Medical and sanitary report of the native army of Madras for the year
Year: 1877
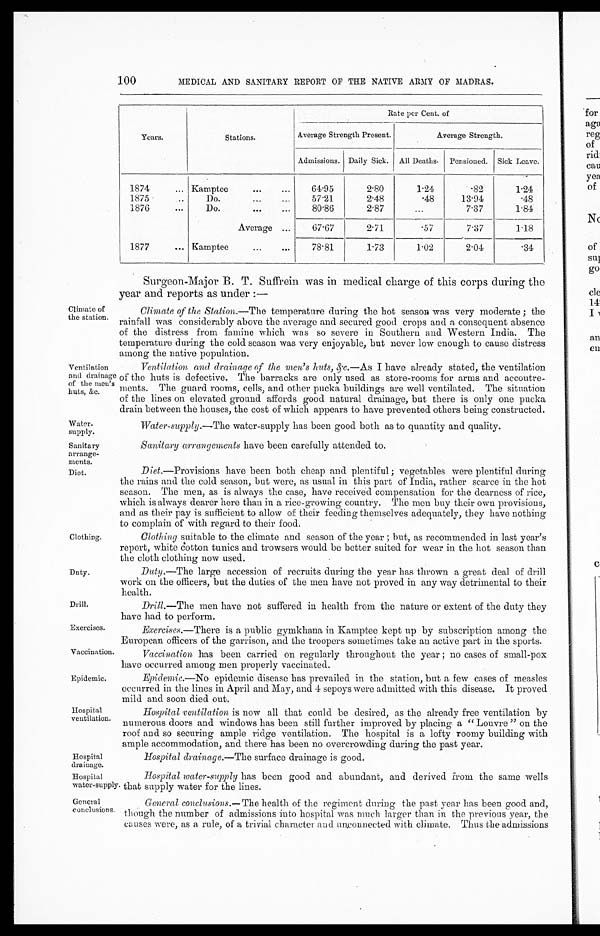
Water-
supply.
Sanitary
arrange-
ments.
Diet.
Duty.
Drill.
Exercises.
Vaccination.
Epidemic.
Hospital
ventilation.
Hospital
drainage.
Hospital
water-supply
General
conclusions.
100
MEDICAL AND SANITARY REPORT OF THE NATIVE ARMY OF MADRAS.
Climate of
the station.
Ventilation
and drainage
of the men's
huts, amp;c.
Clothing.
Years.
Stations.
Rate per Cent. of
Average Strength Present.
Average Strength.
Admissions. Daily Sick. All Deaths. Pensioned. Sick Leave.
1874
... Kamptee
... ...
64.95
2.80
1.24
.82
1.24
1875
Do.
...
57.21
2.48
.48
13.94
. 4 8
1876
...
Do.
... ...
80.86
2.87
...
7.37
1.84
Average...
67.67
2.71
.57
7.37
1.18
1877
... Kamptee
. . .
78.81
1.73
1.02
2.04
. 3 4
Surgeon-Major B. T. Suffrein was in medical charge of this corps during the
year and reports as under :—
Climate of the Station.—The temperature during the hot season was very moderate; the
rainfall was considerably above the average and secured good crops and a consequent absence
of the distress from famine which was so severe in Southern and Western India. The
temperature during the cold season was very enjoyable, but never low enough to cause distress
among the native population.
Ventilation and drainage of the men's huts, amp;c.—
I have already stated, the ventilation
•
of the huts is defective. The barracks are only used as store-rooms for arms and accoutre-
ments. The guard rooms, cells, and other pucka buildings are well ventilated. The situation
of the lines on elevated ground affords good natural drainage, but there is only one pucka
drain between the houses, the cost of which appears to have -prevented others being constructed.
Water-supply.—The water-supply has been good both as to quantity and quality.
Sanitary arrangements have been carefully attended to.
Diet .—Provisions have been both cheap and plentiful; vegetables were plentiful during
the rains and the cold season, but were, as usual in this part of India, rather scarce in the hot
season. The men, as is always the case, have received compensation for the dearness of rice,
which is always clearer here than in a rice-growing country. The men buy their own provisions,
and as their pay is sufficient to allow of their feeding themselves adequately, they have nothing
to complain of with regard to their food.
Clothing suitable to the climate and season of the year ; but, as recommended in last year's
report, white cotton tunics and trowsers would be better suited for wear in the hot season than
the cloth clothing now used.
Duty .—The large accession of recruits during the year has thrown a great deal of drill
work on the officers, but the duties of the men have not proved in any way detrimental to their health
Drill.—The men have not suffered in health from the nature or extent of the duty they
have had to perform.
Exercises .—There is a public gymkhana in Kamptee kept up by subscription among the
European officers of the garrison, and the troopers sometimes take an active part in the sports.
Vaccination has been carried on regularly throughout the year; no cases of small-pox
have occurred among men properly vaccinated.
Epidemic.—No epidemic disease has prevailed in the station, but a few cases of measles
occurred in the lines in April and May, and 4 sepoys were admitted with this disease. It proved
mild and soon died out.
Hospital ventilation is now all that could be desired, as the already free ventilation by
numerous doors and windows has been still further improved by placing a "Louvre" on the
roof and so securing ample ridge ventilation. The hospital is a lofty roomy building with
ample accommodation, and there has been no overcrowding during the past year.
Hospital drainage.—The surface drainage is good.
Hospital water-supply has been good and abundant, and derived from the same wells
that supply water for the lines.
General conclusions.— The health of the regiment during the past year has been good and,
though the number of admissions into hospital was much larger than in the previous year, the
causes were, as a rule, of a trivial character and unconnected with climate. Thus the admissions